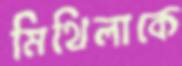
মিথিলাকে